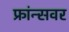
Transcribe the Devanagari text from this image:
फ्रांन्सवर